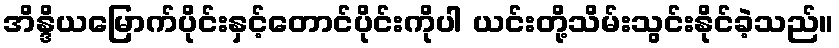
အိန္ဒိယမြောက်ပိုင်းနှင့်တောင်ပိုင်းကိုပါ ယင်းတို့သိမ်းသွင်းနိုင်ခဲ့သည်။